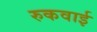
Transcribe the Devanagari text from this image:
रुकवाई